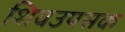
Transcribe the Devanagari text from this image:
शिवउपसक